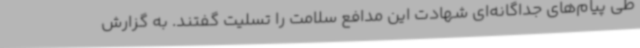
طی پیام‌های جداگانه‌ای شهادت این مدافع سلامت را تسلیت گفتند. به گزارش